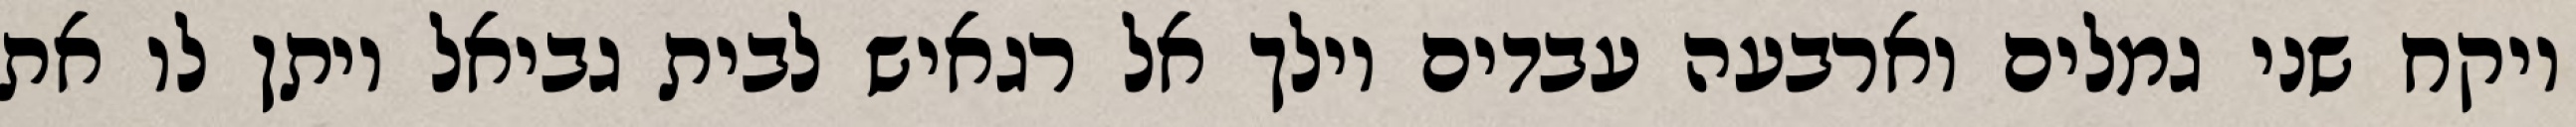
ויקח שני גמלים וארבעה עבדים וילך אל רגאיש לבית גביאל ויתן לו את